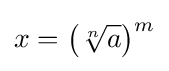
x=\left({\sqrt[{n}]{a}}\right)^{m}